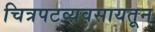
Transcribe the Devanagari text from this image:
चित्रपटव्यवसायतून